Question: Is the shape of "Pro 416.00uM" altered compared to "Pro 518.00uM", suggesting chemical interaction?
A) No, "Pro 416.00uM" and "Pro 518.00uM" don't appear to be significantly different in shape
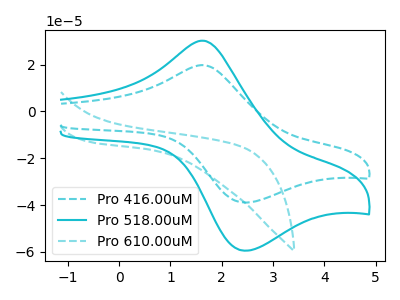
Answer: <think>The cyan dashed curve "Pro 416.00uM" has an anodic peak at (1.65V, 19.70uA) and a cathodic peak at (2.45V, -38.90uA). The cyan curve "Pro 518.00uM" has an anodic peak at (1.65V, 30.15uA) and a cathodic peak at (2.45V, -59.45uA). The cyan dashed curve "Pro 610.00uM" has no peaks.
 All the peaks in "Pro 416.00uM" have a peak in "Pro 518.00uM" at the same potential. Every peak in "Pro 416.00uM" is lower than every peak in "Pro 518.00uM".</think>
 <answer>A) No, "Pro 416.00uM" and "Pro 518.00uM" don't appear to be significantly different in shape</answer>
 <eval>A</eval>